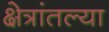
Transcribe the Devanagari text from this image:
क्षेत्रांतल्या